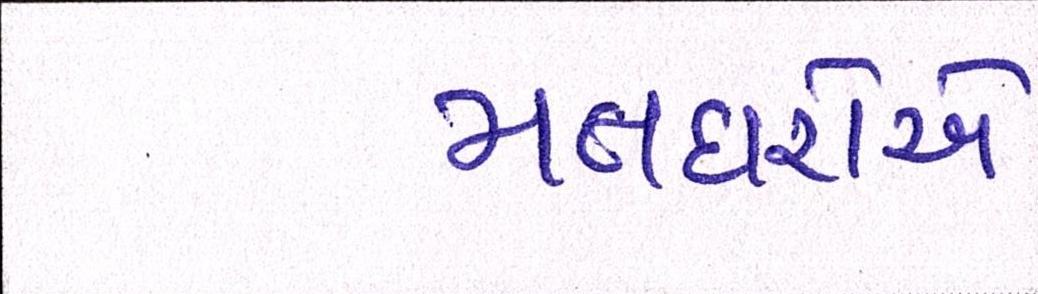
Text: મતદારોએ